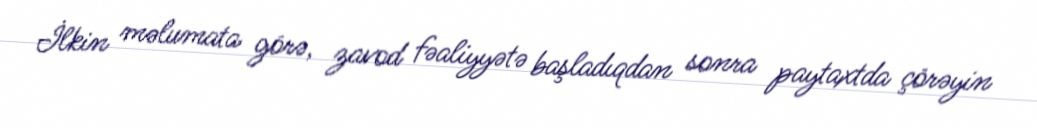
İlkin məlumata görə, zavod fəaliyyətə başladıqdan sonra paytaxtda çörəyin